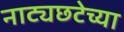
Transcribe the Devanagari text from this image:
नाट्यछटेच्या